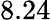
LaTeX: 8.24